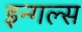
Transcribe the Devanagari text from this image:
इन्गल्स